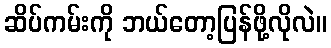
ဆိပ်ကမ်းကို ဘယ်တော့ပြန်ဖို့လိုလဲ။